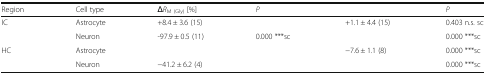
<table><thead><tr><td><b>Region</b></td><td><b>Cell type</b></td><td><b>Δ<i>R</i><sub>M (Gly)</sub> [%]</b></td><td><b><i>P</i></b></td><td>[EMPTY_CELL]</td><td><b><i>P</i></b></td></tr></thead><tbody><tr><td rowspan="2">IC</td><td>Astrocyte</td><td>+8.4 ± 3.6 (15)</td><td>[EMPTY_CELL]</td><td>+1.1 ± 4.4 (15)</td><td>0.403 n.s. sc</td></tr><tr><td>Neuron</td><td>-97.9 ± 0.5 (11)</td><td>0.000 ***sc</td><td>[EMPTY_CELL]</td><td>0.000 ***sc</td></tr><tr><td rowspan="2">HC</td><td>Astrocyte</td><td>[EMPTY_CELL]</td><td>[EMPTY_CELL]</td><td>−7.6 ± 1.1 (8)</td><td>0.000 ***sc</td></tr><tr><td>Neuron</td><td>−41.2 ± 6.2 (4)</td><td>[EMPTY_CELL]</td><td>[EMPTY_CELL]</td><td>0.000 ***sc</td></tr></tbody></table>